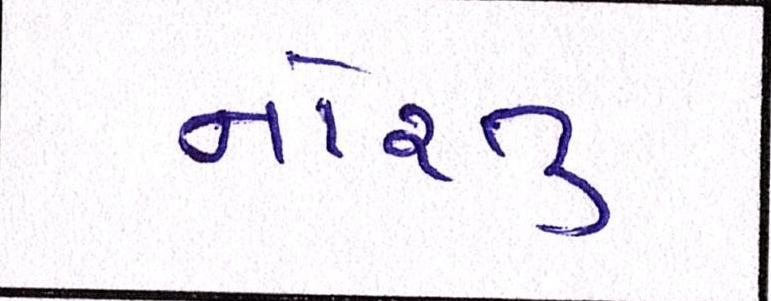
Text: નોરતુ